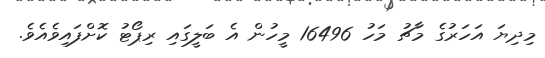
މިދިޔަ އަހަރުގެ މާޗު މަހު 16496 މީހުން އެ ބަލީގައި ރިޕޯޓު ކޮށްފައިވެއެވެ.